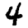
Digit: 4